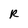
Character: R